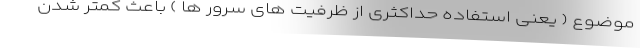
موضوع ( یعنی استفاده حداکثری از ظرفیت های سرور ها ) باعث کمتر شدن